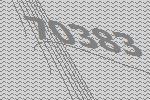
70383